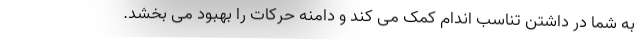
به شما در داشتن تناسب اندام کمک می کند و دامنه حرکات را بهبود می بخشد.